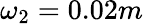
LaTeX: \omega_{2}=0.02m